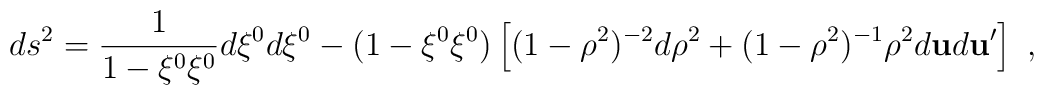
ds^2=\frac{1}{1-\xi^0\xi^0}d\xi^0d\xi^0      -(1-\xi^0\xi^0)\left[(1-\rho^2)^{-2}d\rho^2      +(1-\rho^2)^{-1}\rho^2d{\bf u}d{\bf u}^{\prime}\right] ~,